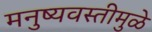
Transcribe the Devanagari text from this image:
मनुष्यवस्तीमुळे